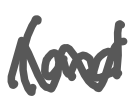
Text: (and
Cross-out: zig-zag
Writing tool: digital_gray